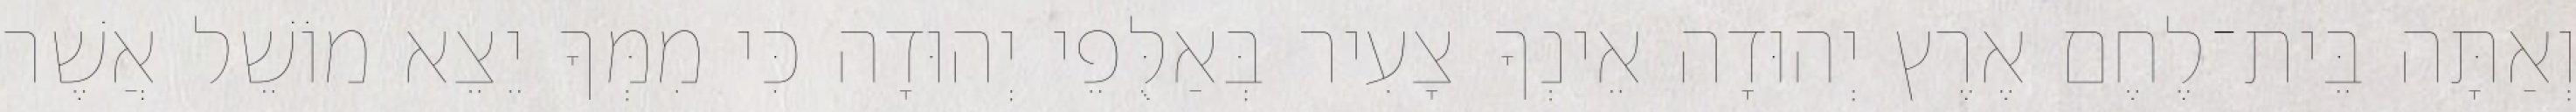
וְאַתָּה בֵּית־לֶחֶם אֶרֶץ יְהוּדָה אֵינְךָ צָעִיר בְּאַלֻּפֵי יְהוּדָה כִּי מִמְּךָ יֵצֵא מוֹשֵׁל אֲשֶׁר